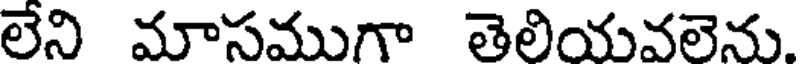
లేని మాసముగా తెలియవలెను.